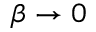
\beta \to 0